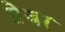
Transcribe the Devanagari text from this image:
ग्रेजर